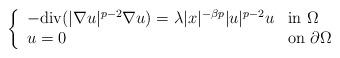
LaTeX: \begin{align*} \left\{\begin{array}{ll}-{\rm div} (|\nabla u |^{p-2} \nabla u ) =\lambda |x| ^{- \beta p} |u|^{p-2}u & \mbox{in }\Omega\\u=0 & \mbox{on } \partial\Omega \end{array}\right.\\\\\end{align*}